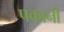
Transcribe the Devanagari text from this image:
पकानी